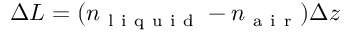
\Delta L = ( n _ { \mathrm { ~ l ~ i ~ q ~ u ~ i ~ d ~ } } - n _ { \mathrm { ~ a ~ i ~ r ~ } } ) \Delta z